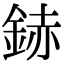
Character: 䤲